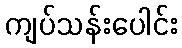
ကျပ်သန်းပေါင်း